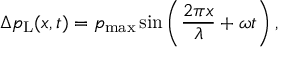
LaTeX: \Delta p _ { \mathrm { L } } ( x , t ) = p _ { \mathrm { m a x } } \sin \left( { \frac { 2 \pi x } { \lambda } } + \omega t \right) ,